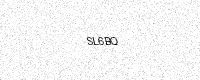
Text: SL6BQ